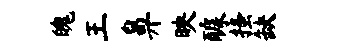
魄王鼻映醵搔缺